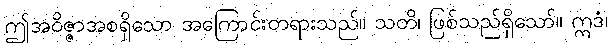
ဤအဝိဇ္ဇာအစရှိသော အကြောင်းတရားသည်။ သတိ၊ ဖြစ်သည်ရှိသော်။ ဣဒံ၊